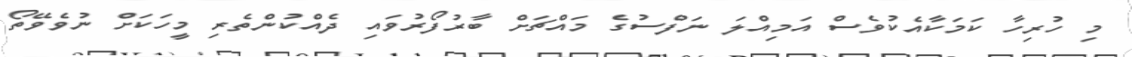
މި ހުރިހާ ކަމަކާއެކުވެސް އަމިއްލަ ނަފްސުގެ މައްޗަށް ބާރުފޯރުވައި ދެއްކުންތެރި މީހަކަށް ނުވެވޭތޯ